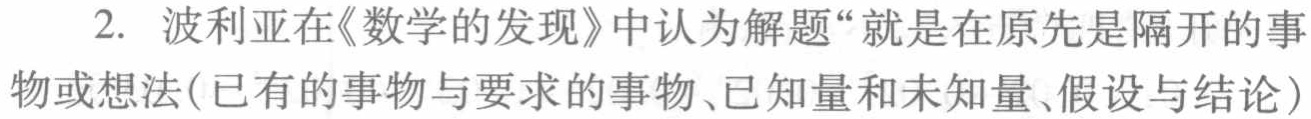
2. 波利亚在《数学的发现》中认为解题“就是在原先是隔开的事物或想法(已有的事物与要求的事物、已知量和未知量、假设与结论）